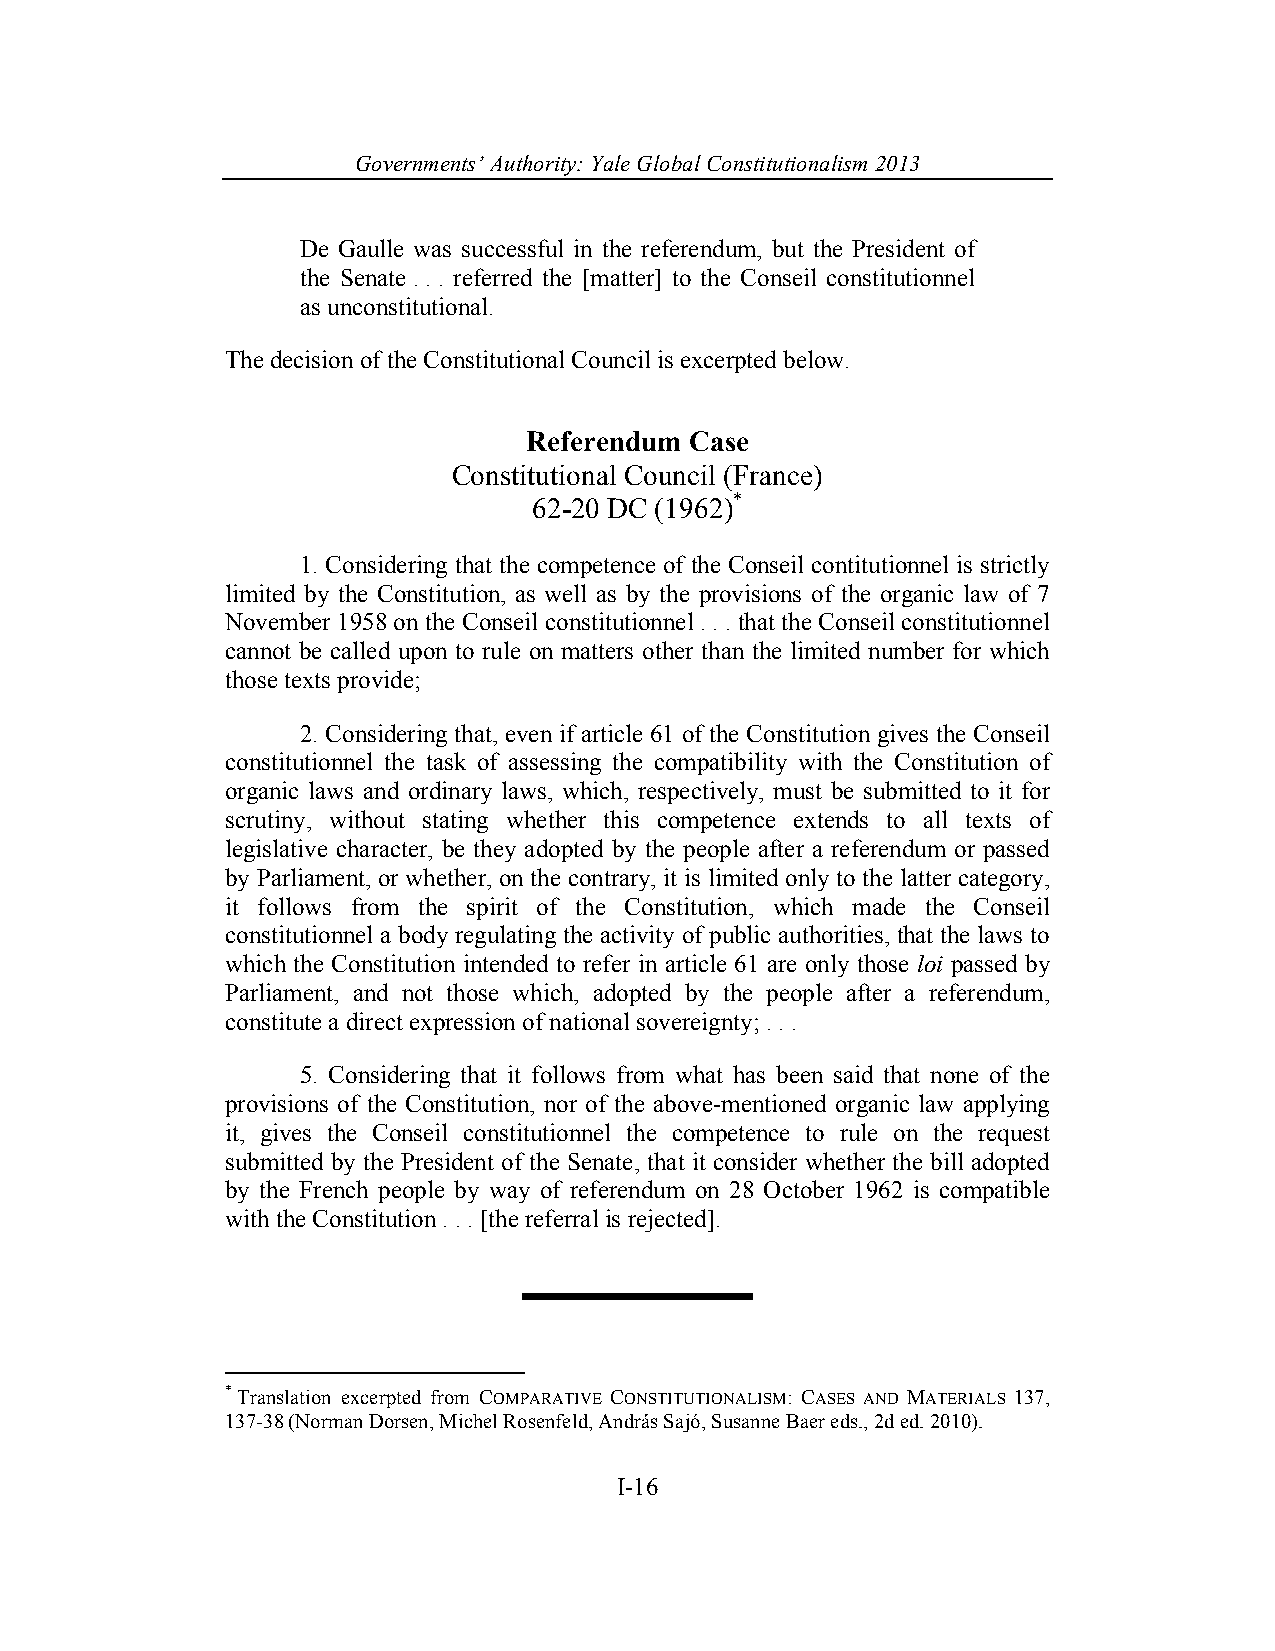
Governments’ Authority: Yale Global Constitutionalism 2013
 De Gaulle was successful in the referendum, but the President of
 the Senate . . . referred the [matter] to the Conseil constitutionnel
 as unconstitutional.
 The decision of the Constitutional Council is excerpted below.
 Referendum Case
 Constitutional Council (France)
 62-20 DC (1962)*
 1. Considering that the competence of the Conseil contitutionnel is strictly
 limited by the Constitution, as well as by the provisions of the organic law of 7
 November 1958 on the Conseil constitutionnel . . . that the Conseil constitutionnel
 cannot be called upon to rule on matters other than the limited number for which
 those texts provide;
 2. Considering that, even if article 61 of the Constitution gives the Conseil
 constitutionnel the task of assessing the compatibility with the Constitution of
 organic laws and ordinary laws, which, respectively, must be submitted to it for
 scrutiny, without stating whether this competence extends to all texts of
 legislative character, be they adopted by the people after a referendum or passed
 by Parliament, or whether, on the contrary, it is limited only to the latter category,
 it follows from the spirit of the Constitution, which made the Conseil
 constitutionnel a body regulating the activity of public authorities, that the laws to
 which the Constitution intended to refer in article 61 are only those loi passed by
 Parliament, and not those which, adopted by the people after a referendum,
 constitute a direct expression of national sovereignty; . . .
 5. Considering that it follows from what has been said that none of the
 provisions of the Constitution, nor of the above-mentioned organic law applying
 it, gives the Conseil constitutionnel the competence to rule on the request
 submitted by the President of the Senate, that it consider whether the bill adopted
 by the French people by way of referendum on 28 October 1962 is compatible
 with the Constitution . . . [the referral is rejected].
 * Translation excerpted from COMPARATIVE CONSTITUTIONALISM: CASES AND MATERIALS 137,
 137-38 (Norman Dorsen, Michel Rosenfeld, András Sajó, Susanne Baer eds., 2d ed. 2010).
 I-16